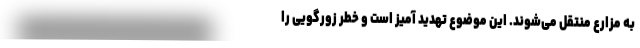
به مزارع منتقل می‌شوند. این موضوع تهدید آمیز است و خطر زورگویی را